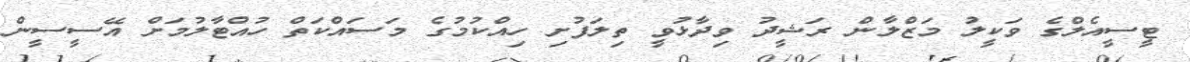
ޓީސީއެލްގެ ވަކީލު މަޒްލާން ރަޝީދު ވިދާޅުވީ ތިލަފުށި ހިއްކުމުގެ މަސައްކަތް ހުއްޓާލުމަށް އޭސީސީން